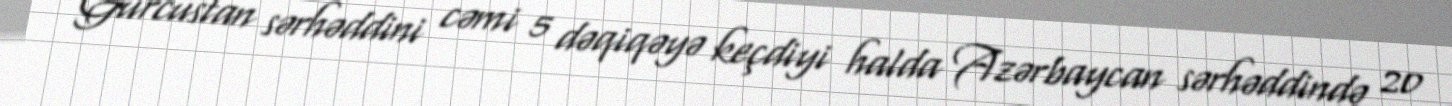
Gürcüstan sərhəddini cəmi 5 dəqiqəyə keçdiyi halda Azərbaycan sərhəddində 20